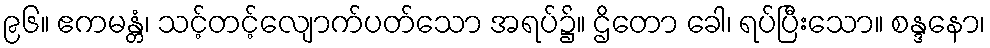
၉၆။ ဧကမန္တံ၊ သင့်တင့်လျောက်ပတ်သော အရပ်၌။ ဌိတော ခေါ၊ ရပ်ပြီးသော။ စန္ဒနော၊